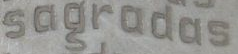
sugradas